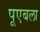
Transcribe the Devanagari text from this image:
पूएबला